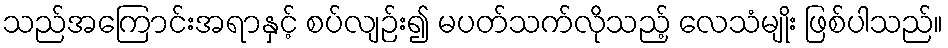
သည်အကြောင်းအရာနှင့် စပ်လျဉ်း၍ မပတ်သက်လိုသည့် လေသံမျိုး ဖြစ်ပါသည်။